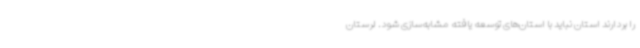
را بردارند استان نباید با استان‌های توسعه یافته مشابه‌سازی شود. لرستان